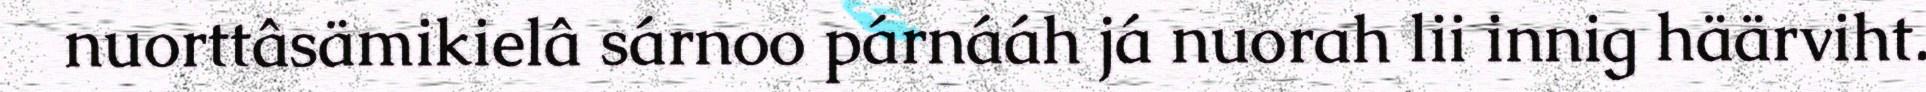
nuorttâsämikielâ sárnoo párnááh já nuorah lii innig häärviht.